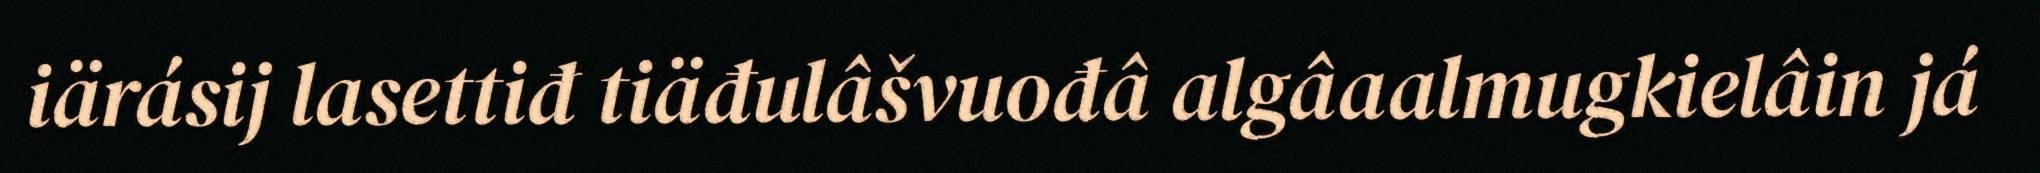
iärásij lasettiđ tiäđulâšvuođâ algâaalmugkielâin já